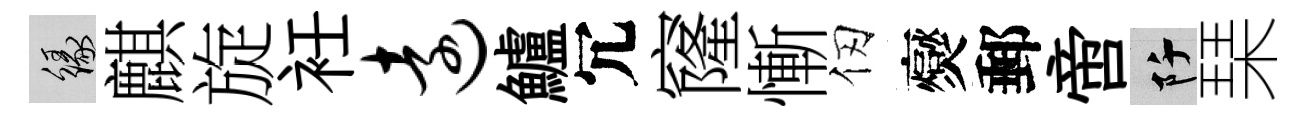
緣麒旋衽远鱸冗窿慚仞爕郵啻阡琹